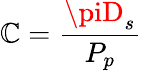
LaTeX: \mathbb{C}=\frac{{\piD_{s}}}{{P_{p}}}